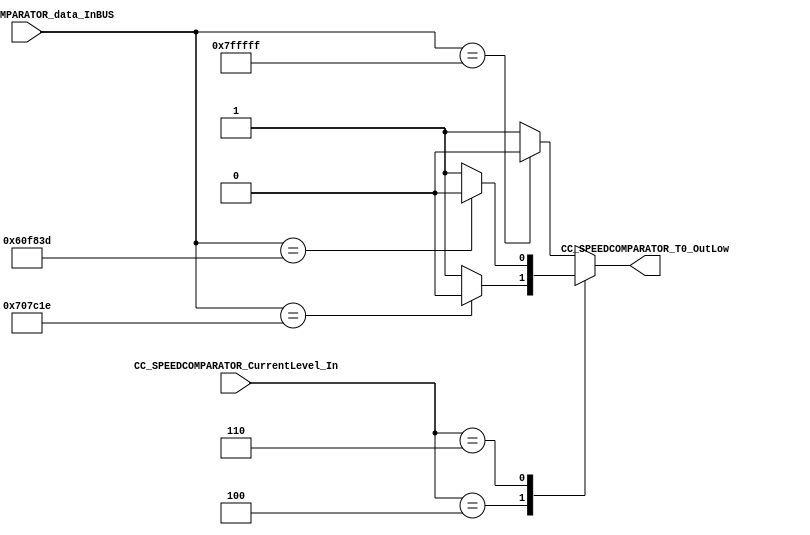
/*######################################################################
//#	G0B1T: HDL EXAMPLES. 2018.
//######################################################################
//# Copyright (C) 2018. F.E.Segura-Quijano (FES) fsegura@uniandes.edu.co
//# 
//# This program is free software: you can redistribute it and/or modify
//# it under the terms of the GNU General Public License as published by
//# the Free Software Foundation, version 3 of the License.
//#
//# This program is distributed in the hope that it will be useful,
//# but WITHOUT ANY WARRANTY; without even the implied warranty of
//# MERCHANTABILITY or FITNESS FOR A PARTICULAR PURPOSE.  See the
//# GNU General Public License for more details.
//#
//# You should have received a copy of the GNU General Public License
//# along with this program.  If not, see <http://www.gnu.org/licenses/>
//####################################################################*/
//=======================================================
//  MODULE Definition
//=======================================================
module CC_SPEEDCOMPARATOR #(parameter SPEEDCOMPARATOR_DATAWIDTH=23)(
//////////// OUTPUTS //////////
	CC_SPEEDCOMPARATOR_T0_OutLow,
//////////// INPUTS //////////
	CC_SPEEDCOMPARATOR_data_InBUS,
	CC_SPEEDCOMPARATOR_CurrentLevel_In
	
);
//=======================================================
//  PARAMETER declarations
//=======================================================

localparam CURRENT_LEVEDATAWIDTH								= 3;


//=======================================================
//  PORT declarations
//=======================================================
output	reg CC_SPEEDCOMPARATOR_T0_OutLow;

input 	[SPEEDCOMPARATOR_DATAWIDTH-1:0] CC_SPEEDCOMPARATOR_data_InBUS;
input 	[CURRENT_LEVEDATAWIDTH-1:0]CC_SPEEDCOMPARATOR_CurrentLevel_In;

//=======================================================
//  REG/WIRE declarations
//=======================================================
//=======================================================
//  Structural coding
//=======================================================
always @(*)
begin
	case(CC_SPEEDCOMPARATOR_CurrentLevel_In)
	
		
	2:	if( CC_SPEEDCOMPARATOR_data_InBUS == 23'b11111111111111111111111)
			CC_SPEEDCOMPARATOR_T0_OutLow = 1'b0;
		else 
			CC_SPEEDCOMPARATOR_T0_OutLow = 1'b1;
	4: if( CC_SPEEDCOMPARATOR_data_InBUS == 23'b11100000111110000011110)
			CC_SPEEDCOMPARATOR_T0_OutLow = 1'b0;
		else 
			CC_SPEEDCOMPARATOR_T0_OutLow = 1'b1;
	6: if( CC_SPEEDCOMPARATOR_data_InBUS == 23'b11000001111100000111101)
			CC_SPEEDCOMPARATOR_T0_OutLow = 1'b0;
		else 
			CC_SPEEDCOMPARATOR_T0_OutLow = 1'b1;
			
	default: if( CC_SPEEDCOMPARATOR_data_InBUS == 23'b11111111111111111111111)
					CC_SPEEDCOMPARATOR_T0_OutLow = 1'b0;
				else 
					CC_SPEEDCOMPARATOR_T0_OutLow = 1'b1;
	endcase
			
	
end

endmodule